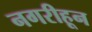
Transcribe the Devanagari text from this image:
नगरीहून